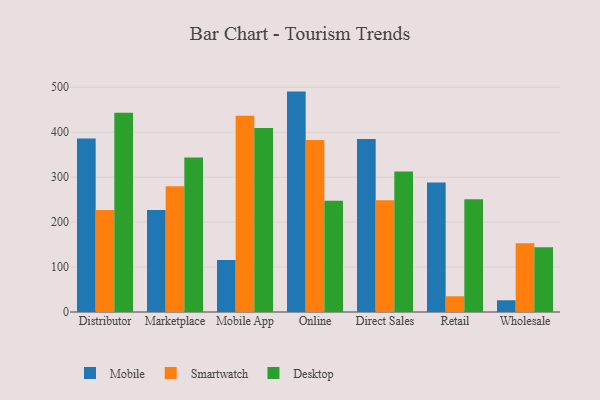
{"axis": {"x": "Channel", "y": "Conversion Rate (%)"}, "legend": ["Desktop", "Mobile", "Smartwatch"], "data": [{"x": "Distributor", "y": 386.0, "type": "Mobile"}, {"x": "Distributor", "y": 226.9, "type": "Smartwatch"}, {"x": "Distributor", "y": 443.4, "type": "Desktop"}, {"x": "Marketplace", "y": 227.0, "type": "Mobile"}, {"x": "Marketplace", "y": 279.6, "type": "Smartwatch"}, {"x": "Marketplace", "y": 344.0, "type": "Desktop"}, {"x": "Mobile App", "y": 115.5, "type": "Mobile"}, {"x": "Mobile App", "y": 436.9, "type": "Smartwatch"}, {"x": "Mobile App", "y": 409.4, "type": "Desktop"}, {"x": "Online", "y": 490.4, "type": "Mobile"}, {"x": "Online", "y": 382.8, "type": "Smartwatch"}, {"x": "Online", "y": 247.3, "type": "Desktop"}, {"x": "Direct Sales", "y": 385.1, "type": "Mobile"}, {"x": "Direct Sales", "y": 248.4, "type": "Smartwatch"}, {"x": "Direct Sales", "y": 312.6, "type": "Desktop"}, {"x": "Retail", "y": 288.3, "type": "Mobile"}, {"x": "Retail", "y": 34.9, "type": "Smartwatch"}, {"x": "Retail", "y": 250.6, "type": "Desktop"}, {"x": "Wholesale", "y": 26.1, "type": "Mobile"}, {"x": "Wholesale", "y": 152.7, "type": "Smartwatch"}, {"x": "Wholesale", "y": 143.9, "type": "Desktop"}]}